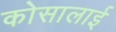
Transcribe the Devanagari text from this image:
कोसालाई